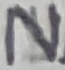
Text: N